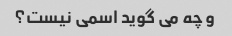
و چه می گوید اسمی نیست؟